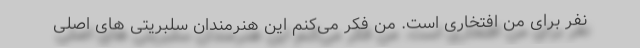
نفر برای من افتخاری است. من فکر می‌کنم این هنرمندان سلبریتی های اصلی